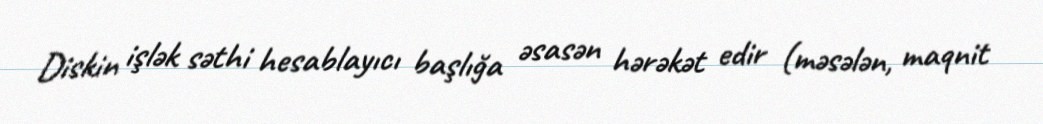
Diskin işlək səthi hesablayıcı başlığa əsasən hərəkət edir (məsələn, maqnit